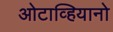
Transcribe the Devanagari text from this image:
ओटाव्हियानो